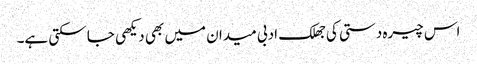
اس چیرہ دستی کی جھلک ادبی میدان میں بھی دیکھی جا سکتی ہے۔